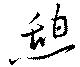
憩